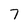
Character: 7